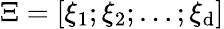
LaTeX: \Xi=[\xi_{1};\xi_{2};\ldots;\xi_{\mathrm{d}}]